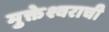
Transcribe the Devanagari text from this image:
मुक्तेश्वराची